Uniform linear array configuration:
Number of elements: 4
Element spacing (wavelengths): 0.75
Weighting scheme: hann
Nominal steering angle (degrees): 30
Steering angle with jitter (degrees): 28.59
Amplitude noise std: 0.05
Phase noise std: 0.05

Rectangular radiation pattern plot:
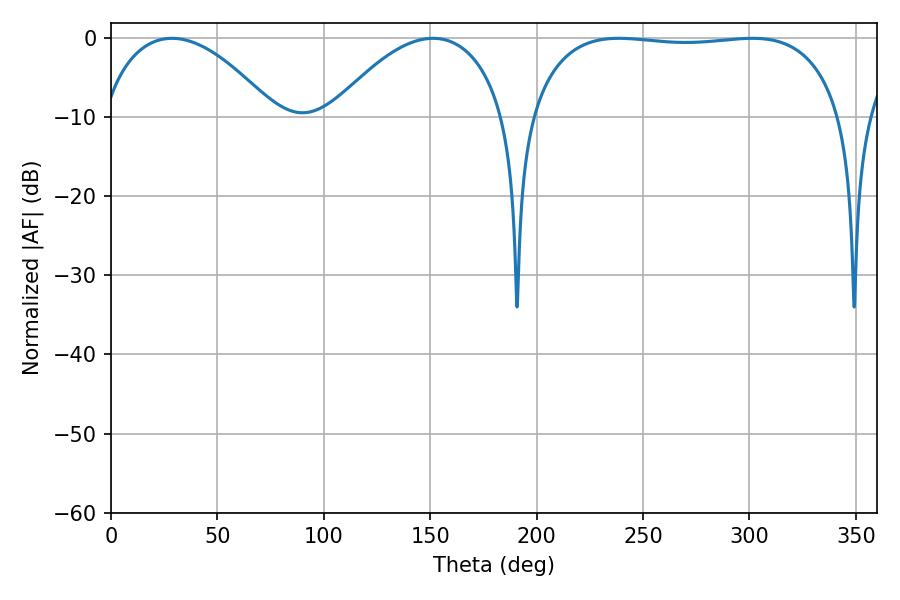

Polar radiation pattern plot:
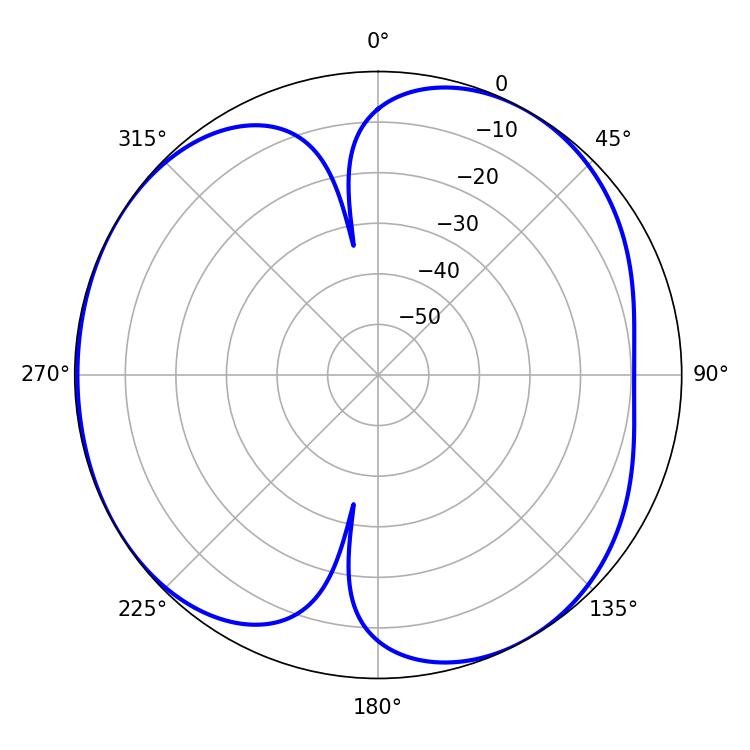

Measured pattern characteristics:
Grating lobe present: TRUE
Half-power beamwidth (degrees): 117
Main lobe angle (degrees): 238.68